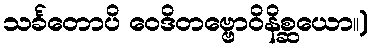
သင်္ခတောပိ ဝေဒိတဗ္ဗောဝိနိစ္ဆယော။)